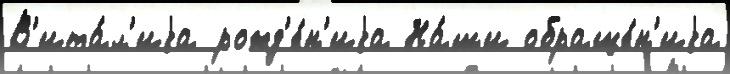
В'ита́л'иjа рожд'е́н'иjа На́ши обраще́н'иjа